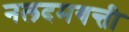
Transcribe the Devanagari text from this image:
नलदमयन्ती